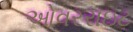
ઓવરરાઇટ